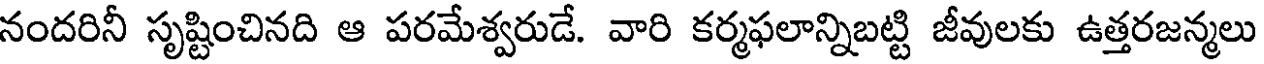
నందరినీ సృష్టించినది ఆ పరమేశ్వరుడే. వారి కర్మఫలాన్నిబట్టి జీవులకు ఉత్తరజన్మలు